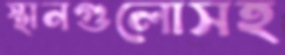
স্থানগুলোসহ